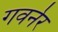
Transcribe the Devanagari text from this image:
गवर्नर